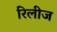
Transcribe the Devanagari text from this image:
रिलीज